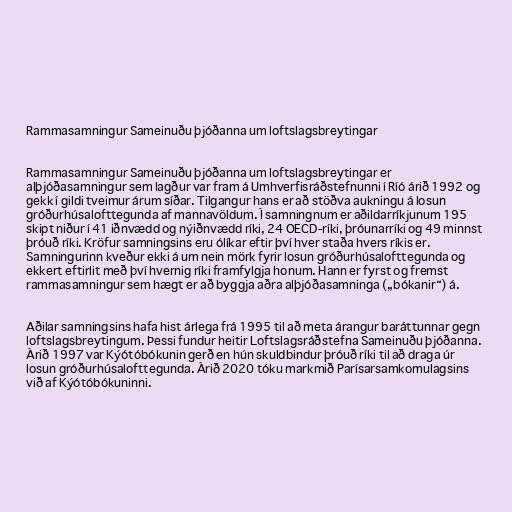
Rammasamningur Sameinuðu þjóðanna um loftslagsbreytingar

Rammasamningur Sameinuðu þjóðanna um loftslagsbreytingar er
alþjóðasamningur sem lagður var fram á Umhverfisráðstefnunni í Ríó árið 1992 og
gekk í gildi tveimur árum síðar. Tilgangur hans er að stöðva aukningu á losun
gróðurhúsalofttegunda af mannavöldum. Í samningnum er aðildarríkjunum 195
skipt niður í 41 iðnvædd og nýiðnvædd ríki, 24 OECD-ríki, þróunarríki og 49 minnst
þróuð ríki. Kröfur samningsins eru ólíkar eftir því hver staða hvers ríkis er.
Samningurinn kveður ekki á um nein mörk fyrir losun gróðurhúsalofttegunda og
ekkert eftirlit með því hvernig ríki framfylgja honum. Hann er fyrst og fremst
rammasamningur sem hægt er að byggja aðra alþjóðasamninga („bókanir“) á.

Aðilar samningsins hafa hist árlega frá 1995 til að meta árangur baráttunnar gegn
loftslagsbreytingum. Þessi fundur heitir Loftslagsráðstefna Sameinuðu þjóðanna.
Árið 1997 var Kýótóbókunin gerð en hún skuldbindur þróuð ríki til að draga úr
losun gróðurhúsalofttegunda. Árið 2020 tóku markmið Parísarsamkomulagsins
við af Kýótóbókuninni.